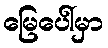
မြေပေါ်မှာ